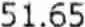
51.65